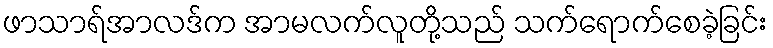
ဖာသာရ်အာလဒ်က အာမလက်လူတို့သည် သက်ရောက်စေခဲ့ခြင်း